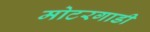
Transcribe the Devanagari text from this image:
मोटरगाडी